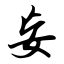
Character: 妄